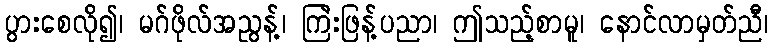
ပွားစေလို၍၊ မဂ်ဖိုလ်အညွန့်၊ ကြဲးဖြန့်ပညာ၊ ဤသည့်စာမူ၊ နောင်လာမှတ်ညီ၊